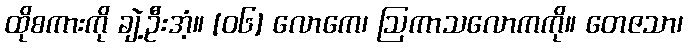
ထိုစကားကို ချဲ့ဦးအံ့။ [၀၆] လောကေ၊ ဩကာသလောကကို။ တေဇသာ၊